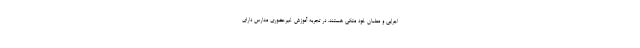
اجرایی و معلمان خود متکی هستند. در تجربه آموزش غیرحضوری مدارس دارای